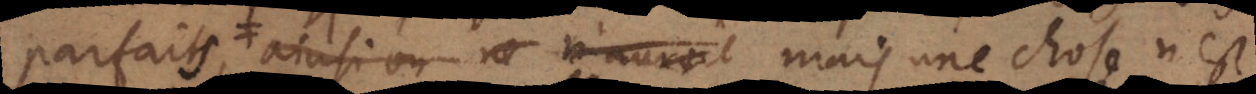
parfaits, , mais une chose n’est